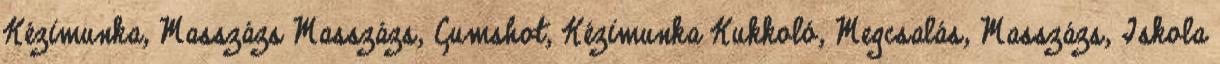
Kézimunka, Masszázs Masszázs, Cumshot, Kézimunka Kukkoló, Megcsalás, Masszázs, Iskola